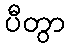
ပီတွာ